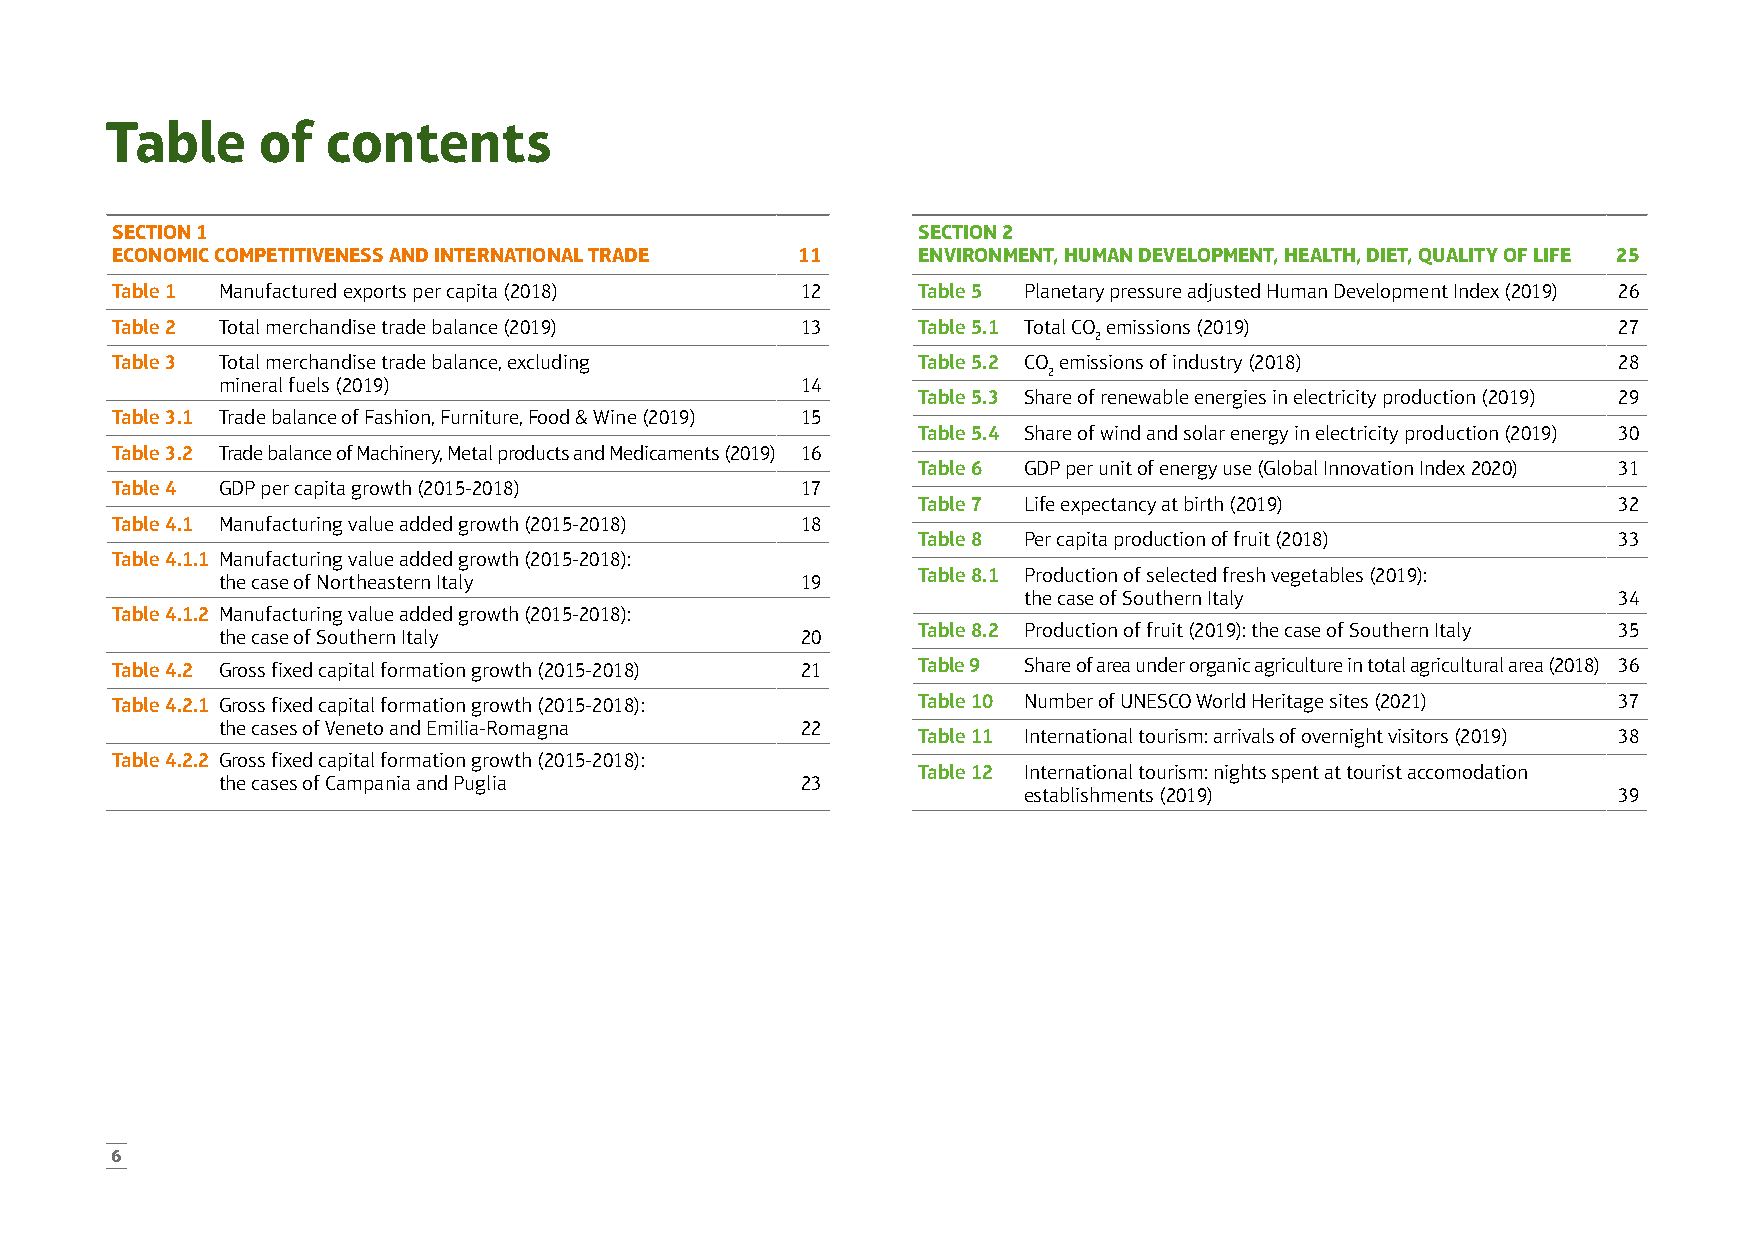
Table     of   contents
 SECTION 1                                             SECTION 2
 ECONOMIC COMPETITIVENESS AND INTERNATIONAL TRADE 11   ENVIRONMENT, HUMAN DEVELOPMENT, HEALTH, DIET, QUALITY OF LIFE 25
 Table 1 Manufactured exports per capita (2018) 12     Table 5 Planetary pressure adjusted Human Development Index (2019) 26
 Table 2 Total merchandise trade balance (2019) 13     Table 5.1 Total CO emissions (2019)           27
 2
 Table 3 Total merchandise trade balance, excluding    Table 5.2 CO emissions of industry (2018)     28
 2
 mineral fuels (2019)                   14
 Table 5.3 Share of renewable energies in electricity production (2019) 29
 Table 3.1 Trade balance of Fashion, Furniture, Food & Wine (2019) 15
 Table 5.4 Share of wind and solar energy in electricity production (2019) 30
 Table 3.2 Trade balance of Machinery, Metal products and Medicaments (2019) 16
 Table 6 GDP per unit of energy use (Global Innovation Index 2020) 31
 Table 4 GDP per capita growth (2015-2018)     17
 Table 7 Life expectancy at birth (2019)       32
 Table 4.1 Manufacturing value added growth (2015-2018) 18
 Table 8 Per capita production of fruit (2018) 33
 Table 4.1.1 Manufacturing value added growth (2015-2018):
 Table 8.1 Production of selected fresh vegetables (2019):
 the case of Northeastern Italy         19
 the case of Southern Italy             34
 Table 4.1.2 Manufacturing value added growth (2015-2018):
 Table 8.2 Production of fruit (2019): the case of Southern Italy 35
 the case of Southern Italy             20
 Table 4.2 Gross fixed capital formation growth (2015-2018) 21 Table 9 Share of area under organic agriculture in total agricultural area (2018) 36
 Table 4.2.1 Gross fixed capital formation growth (2015-2018): Table 10 Number of UNESCO World Heritage sites (2021) 37
 the cases of Veneto and Emilia-Romagna 22
 Table 11 International tourism: arrivals of overnight visitors (2019) 38
 Table 4.2.2 Gross fixed capital formation growth (2015-2018):
 Table 12 International tourism: nights spent at tourist accomodation
 the cases of Campania and Puglia       23
 establishments (2019)                  39
 6